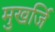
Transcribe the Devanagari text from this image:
मुखर्जि